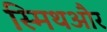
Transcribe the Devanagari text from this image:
स्मिथऔर